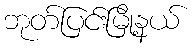
ဘုတ်ပြင်းမြို့နယ်